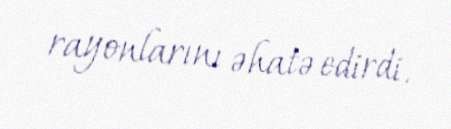
rayonlarını əhatə edirdi.